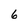
Character: 6